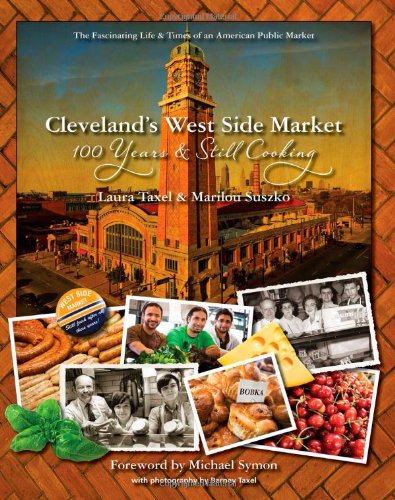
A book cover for Cleveland's West Side Market: 100 Years and Still Cooking; Laura Taxel; Travel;